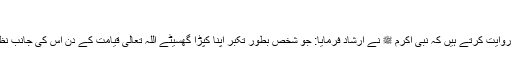
ابو داؤد، ابن ماجہ
حضرت عبد اللہ بن عمر ؓ روایت کرتے ہیں کہ نبی اکرم ﷺ نے ارشاد فرمایا: جو شخص بطور تکبر اپنا کپڑا گھسیٹے اللہ تعالیٰ قیامت کے دن اس کی جانب نظر عنایت نہیں فرمائے گا۔